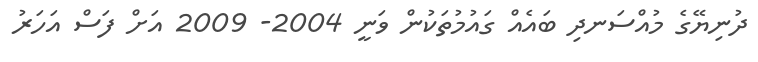
ދުނިޔޭގެ މުއްސަނދި ބައެއް ގައުމުތަކުން ވަނީ 2004- 2009 އަށް ފަސް އަހަރު